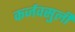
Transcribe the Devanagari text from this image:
कर्जवसुली